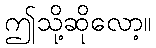
ဤသို့ဆိုလော့။